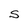
Character: S